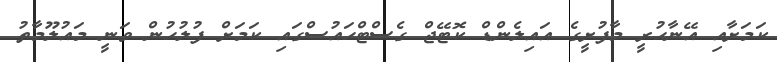
ކަމަށާއި އޭނާހުރީ މާފުށީގެ އައިލެންޑް ކޮޓޭޖް ގެސްޓްހައުސްގައި ކަމަށް ފުލުހުން ވަނީ މައުލޫމާތު